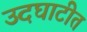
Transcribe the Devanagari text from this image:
उदघाटीत